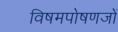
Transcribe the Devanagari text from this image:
विषमपोषणजों